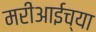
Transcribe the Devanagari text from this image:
मरीआईच्या